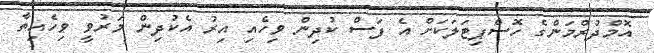
އޮމްދުރްމަންގެ ހޮސްޕިޓަލަކަށް އެ ފަސް ކުދިން ވިހެއި އިރު އެކުދިން މަރުވީ ވިހެއިތާ